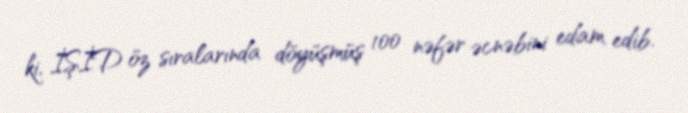
ki, İŞİD öz sıralarında döyüşmüş 100 nəfər əcnəbini edam edib.